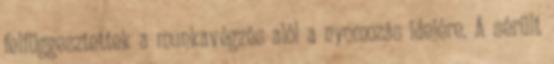
felfüggesztettek a munkavégzés alól a nyomozás idejére. A sérült